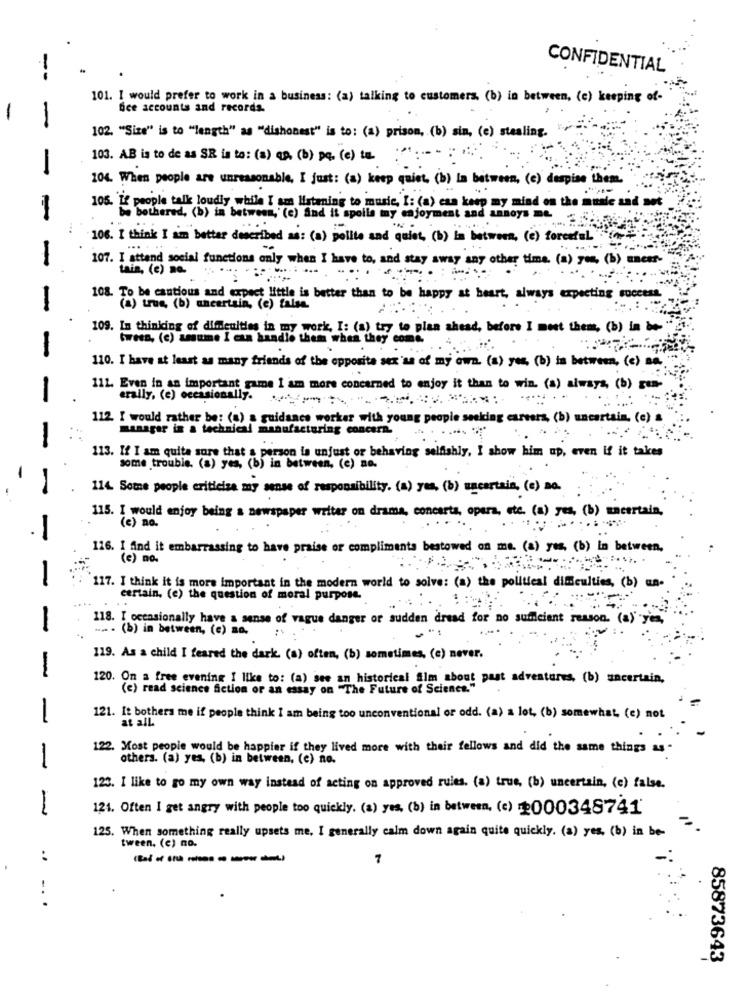
--
CONFIDENTIAL
101. I would prefer to work in a business: (a) talking to customers. (b) in between, (e) keeping of-
fce accounts and records.
-
-
102. "Size" is to "length" as "dishonest" is to: (a) prison, (b) sin, (e) stealing.
103. AB is to de as SE is to: (a) an. (b) pq. (e) to :
-
104. When people are unreasonable, I just: (a) keep quiet, (b) la between, (c) despise them.
105. if people talk loudly while I am listening to music, I: (a) can keep my mind on the music and not
be bothered, (b) in between, (e) and is spoils may enjoyment and annoys me.
106. I think I am better described as: (a) polite and quiet, (b) in between, (e) forestal
107. I attend social functions only when I have to, and stay away any other time. (a) ye4. (b) uneer-
tain, (e) no.
-
108. To be cautious and expect little is better than to be happy at heart, always expecting success.
(a) trus (b) uncertain, (e) talsa.
109. Im thinking of difficulties in my work, I: (a) try to plan ahead, before I meet them, (b) in be-
tween. (c) assume I can handle them when they come.
110. I have at least as many friends of the opposite sex'as of my own. (a) yes, (b) in between, (e) na.
111. Even in an important game 1 am more concerned to enjoy it than to win. (a) always, (b) gun-
eraily, (e) occasionally. ............. .
112. I would rather be: (a) a guidance worker with young people seeking careers, (b) uncertain, (e)
manager in a technical manufacturing concern.
113. If I am quite sure that a person is unjust or behaving selfishly, I show him up, even if it takes
some trouble. (a) yes, (b) in between, (c) no.
114. Some people criticise my sense of responsibility. (a) yes, (b) uncertain, (c) no.
115. I would enjoy being a newspaper weiter om drama, concerts, opera, etc. (a) yes, (b) uncertain,
(c) no.
116. I find it embarrassing to have praise or compliments bestowed om me. (a) yes, (b) in between,
(c) no.
117. I think it is more important in the modern world to solve: (a) the political dificulties, (b) un-
certain, (e) the question of moral purpose.
..
118. [ occasionally have a sense of vague danger of sudden dread for no sufficient reason. (a) yes,
.... . (b) in between, (e) a0.
119. As a child I feared the dark. (a) often, (b) sometimes. (e) never.
120. On a free evening I like to: (a) see an historical Sim about past adventures, (b) uncertain,
(e) read science fiction or an essay on "The Future of Science."
-
121. It bothers me if people think I am being too unconventional or odd. (a) a lot, (b) somewhat, (e) not
at all.
122. Most people would be happier if they lived more with their fellows and did the same things as -
others. (a) yes, (b) in between, (e) no.
-
123. I like to go my own way instead of acting on approved rules. (a) true, (b) uncertain, (c) false.
1
121. Often I get angry with people too quickly. (a) yes, (b) in between, (c) 2000348741
125. When something really upsets me, I generally calm down again quite quickly. (a) yes, (b) in be-
=
tween. (e) no.
..
-------
1
.. .
85873643